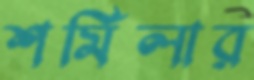
শর্মিলার